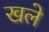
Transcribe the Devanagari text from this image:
खले